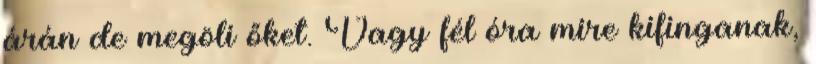
árán de megöli őket. Vagy fél óra mire kifinganak,